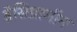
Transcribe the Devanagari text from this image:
डेसिप्रामीन